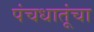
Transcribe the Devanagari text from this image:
पंचधातूंचा